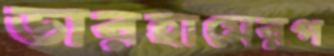
ডারহামেরপ